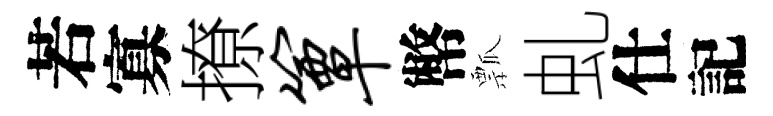
若寡撩簟幣瓢虬仕記